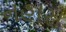
નહારા